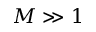
M \gg 1